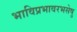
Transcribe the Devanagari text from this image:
भाविप्रभावरभसेषु